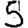
Digit: 5